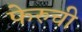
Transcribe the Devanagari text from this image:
फेरुची